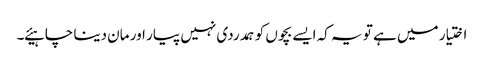
اختیار میں ہے تو یہ کہ ایسے بچوں کو ہمدردی نہیں پیار اور مان دینا چاہیئے ۔